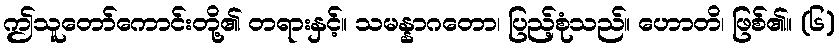
ဤသူတော်ကောင်းတို့၏ တရားနှင့်။ သမန္နာဂတော၊ ပြည့်စုံသည်။ ဟောတိ၊ ဖြစ်၏။ (၆)